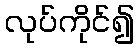
လုပ်ကိုင်၍